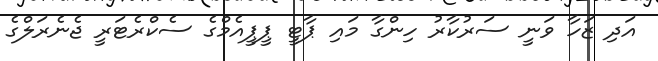
އަދި ޒަހާ ވަނީ ސަރުކާރު ހިންގާ މައި ޕާޓީ ޕީޕީއެމްގެ ސެކްރެޓަރީ ޖެނެރަލްގެ